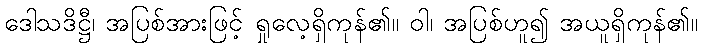
ဒေါသဒိဋ္ဌီ၊ အပြစ်အားဖြင့် ရှုလေ့ရှိကုန်၏။ ဝါ၊ အပြစ်ဟူ၍ အယူရှိကုန်၏။